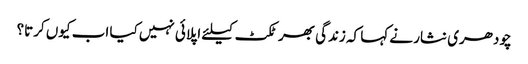
چودھری نثار نے کہا کہ زندگی بھر ٹکٹ کیلئے اپلائی نہیں کیا اب کیوں کرتا؟